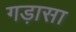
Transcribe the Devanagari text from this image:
गड़ासा